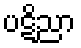
ပဋိညာ